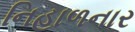
નિહાળનાર